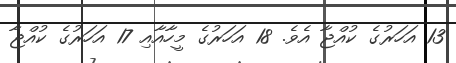
13 އަހަރުގެ ކުއްޖާ އެވެ. 18 އަހަރުގެ މީހާއާއި 17 އަހަރުގެ ކުއްޖާ